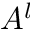
A ^ { l }